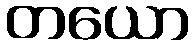
တယော